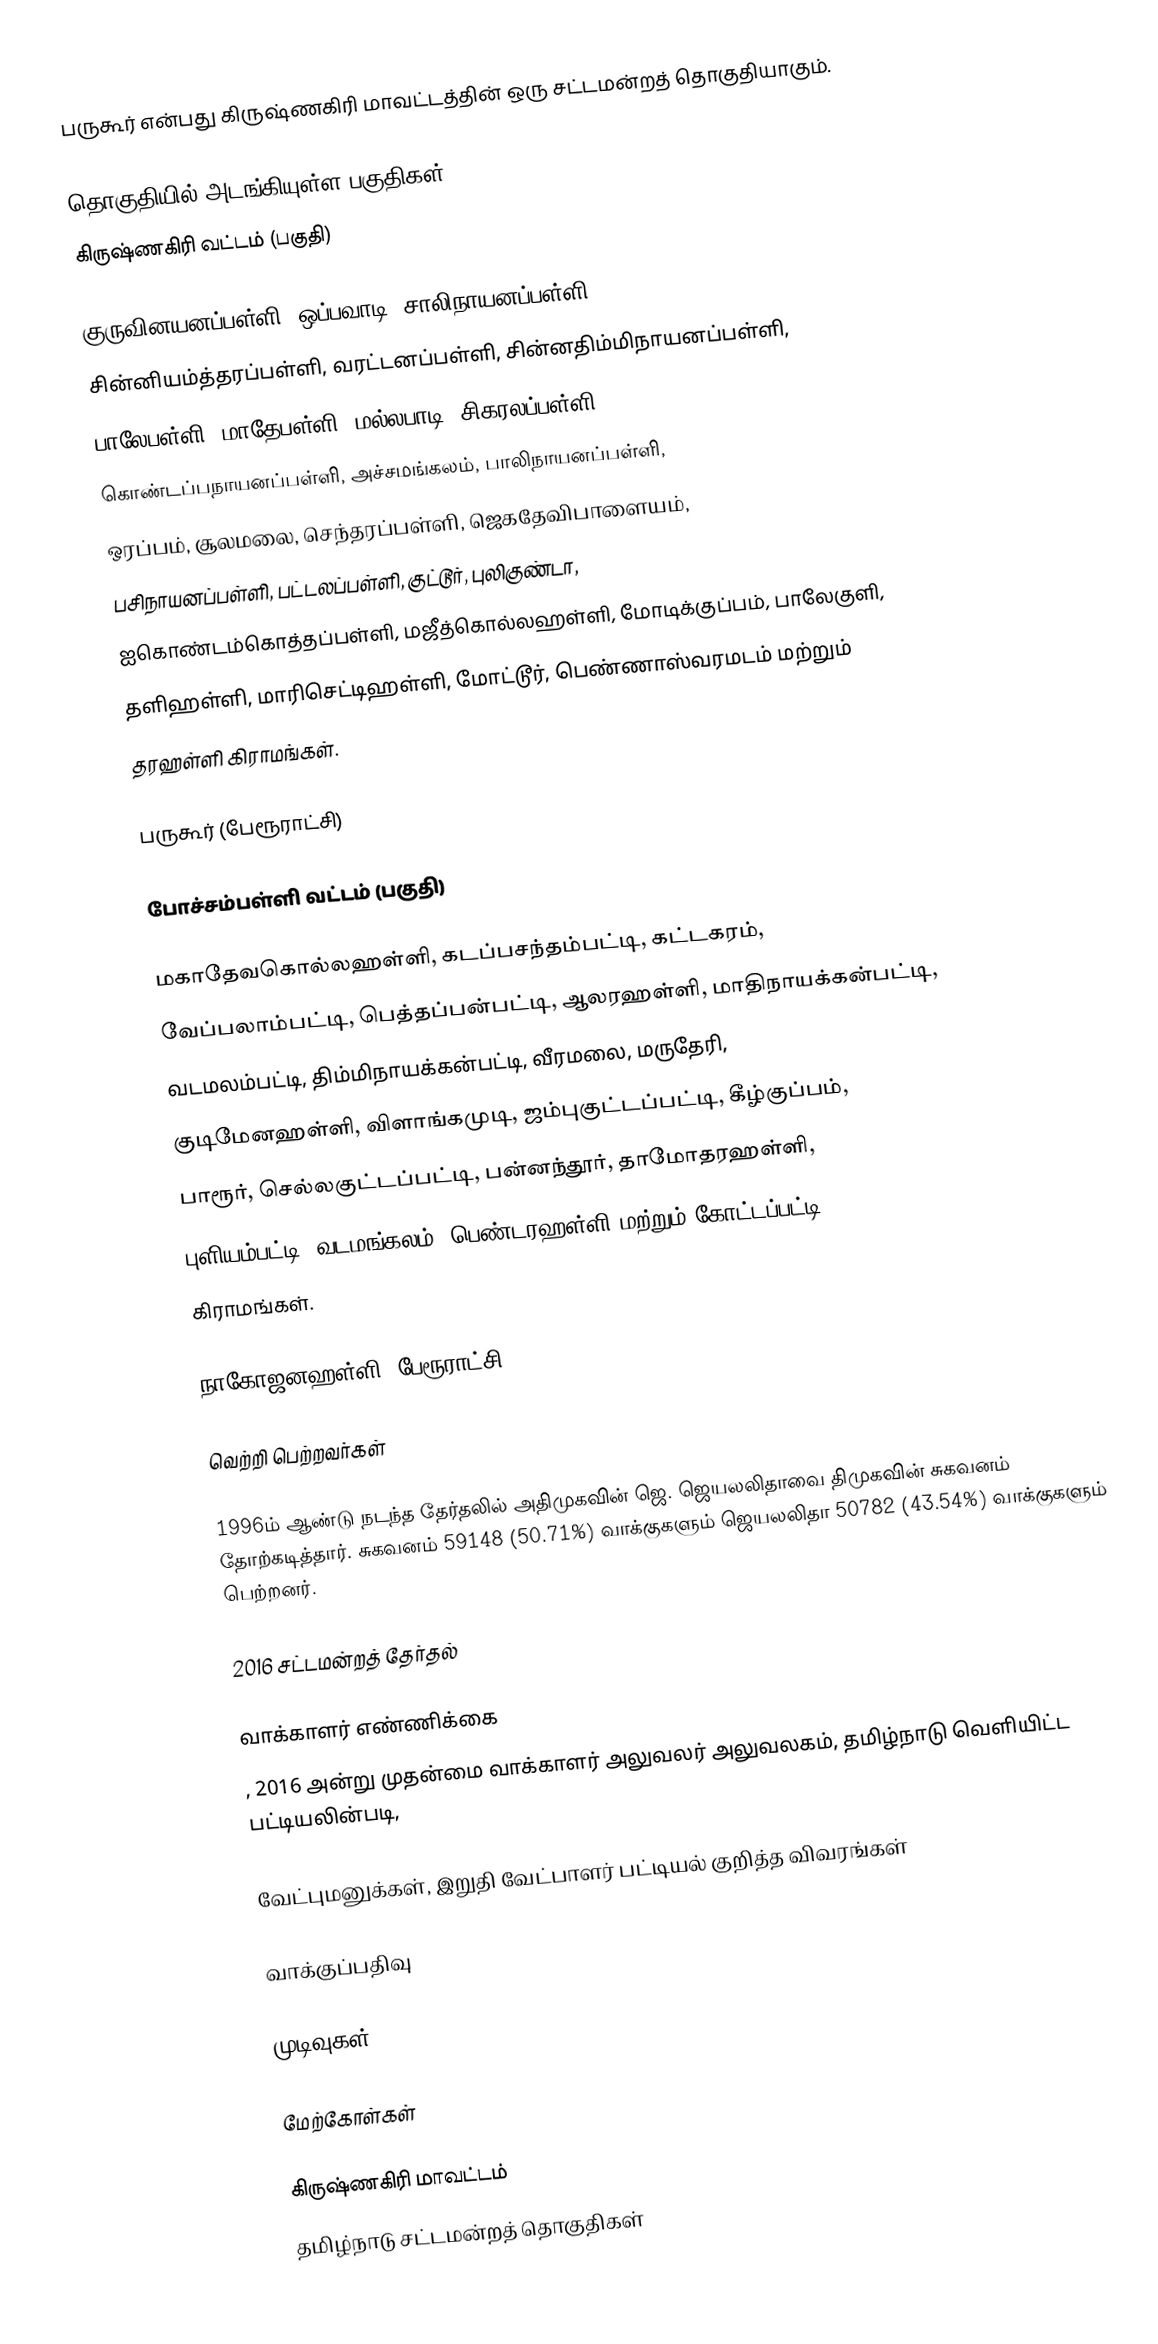
பருகூர் என்பது கிருஷ்ணகிரி மாவட்டத்தின்  ஒரு சட்டமன்றத் தொகுதியாகும்.

தொகுதியில் அடங்கியுள்ள பகுதிகள்
 கிருஷ்ணகிரி வட்டம் (பகுதி)

குருவினயனப்பள்ளி, ஒப்பவாடி, சாலிநாயனப்பள்ளி,
சின்னியம்த்தரப்பள்ளி, வரட்டனப்பள்ளி, சின்னதிம்மிநாயனப்பள்ளி,
பாலேபள்ளி, மாதேபள்ளி, மல்லபாடி, சிகரலப்பள்ளி,
கொண்டப்பநாயனப்பள்ளி, அச்சமங்கலம், பாலிநாயனப்பள்ளி,
ஒரப்பம், சூலமலை, செந்தரப்பள்ளி, ஜெகதேவிபாளையம்,
பசிநாயனப்பள்ளி, பட்டலப்பள்ளி, குட்டூர், புலிகுண்டா,
ஐகொண்டம்கொத்தப்பள்ளி, மஜீத்கொல்லஹள்ளி, மோடிக்குப்பம், பாலேகுளி,
தளிஹள்ளி, மாரிசெட்டிஹள்ளி, மோட்டூர், பெண்ணாஸ்வரமடம் மற்றும்
தரஹள்ளி கிராமங்கள்.

பருகூர் (பேரூராட்சி)

 போச்சம்பள்ளி வட்டம் (பகுதி)

மகாதேவகொல்லஹள்ளி, கடப்பசந்தம்பட்டி, கட்டகரம்,
வேப்பலாம்பட்டி, பெத்தப்பன்பட்டி, ஆலரஹள்ளி, மாதிநாயக்கன்பட்டி,
வடமலம்பட்டி, திம்மிநாயக்கன்பட்டி, வீரமலை, மருதேரி,
குடிமேனஹள்ளி, விளாங்கமுடி, ஜம்புகுட்டப்பட்டி, கீழ்குப்பம்,
பாரூர், செல்லகுட்டப்பட்டி, பன்னந்தூர், தாமோதரஹள்ளி,
புளியம்பட்டி, வடமங்கலம், பெண்டரஹள்ளி மற்றும் கோட்டப்பட்டி
கிராமங்கள்.

நாகோஜனஹள்ளி (பேரூராட்சி).

வெற்றி பெற்றவர்கள்

1996ம் ஆண்டு நடந்த தேர்தலில் அதிமுகவின் ஜெ. ஜெயலலிதாவை திமுகவின் சுகவனம் தோற்கடித்தார். சுகவனம் 59148 (50.71%) வாக்குகளும் ஜெயலலிதா 50782 (43.54%) வாக்குகளும் பெற்றனர்.

2016 சட்டமன்றத் தேர்தல்

வாக்காளர் எண்ணிக்கை
, 2016 அன்று முதன்மை வாக்காளர் அலுவலர் அலுவலகம், தமிழ்நாடு வெளியிட்ட பட்டியலின்படி,

வேட்புமனுக்கள், இறுதி வேட்பாளர் பட்டியல் குறித்த விவரங்கள்

வாக்குப்பதிவு

முடிவுகள்

மேற்கோள்கள்

கிருஷ்ணகிரி மாவட்டம்
தமிழ்நாடு சட்டமன்றத் தொகுதிகள்